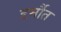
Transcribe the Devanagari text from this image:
डर्मौत